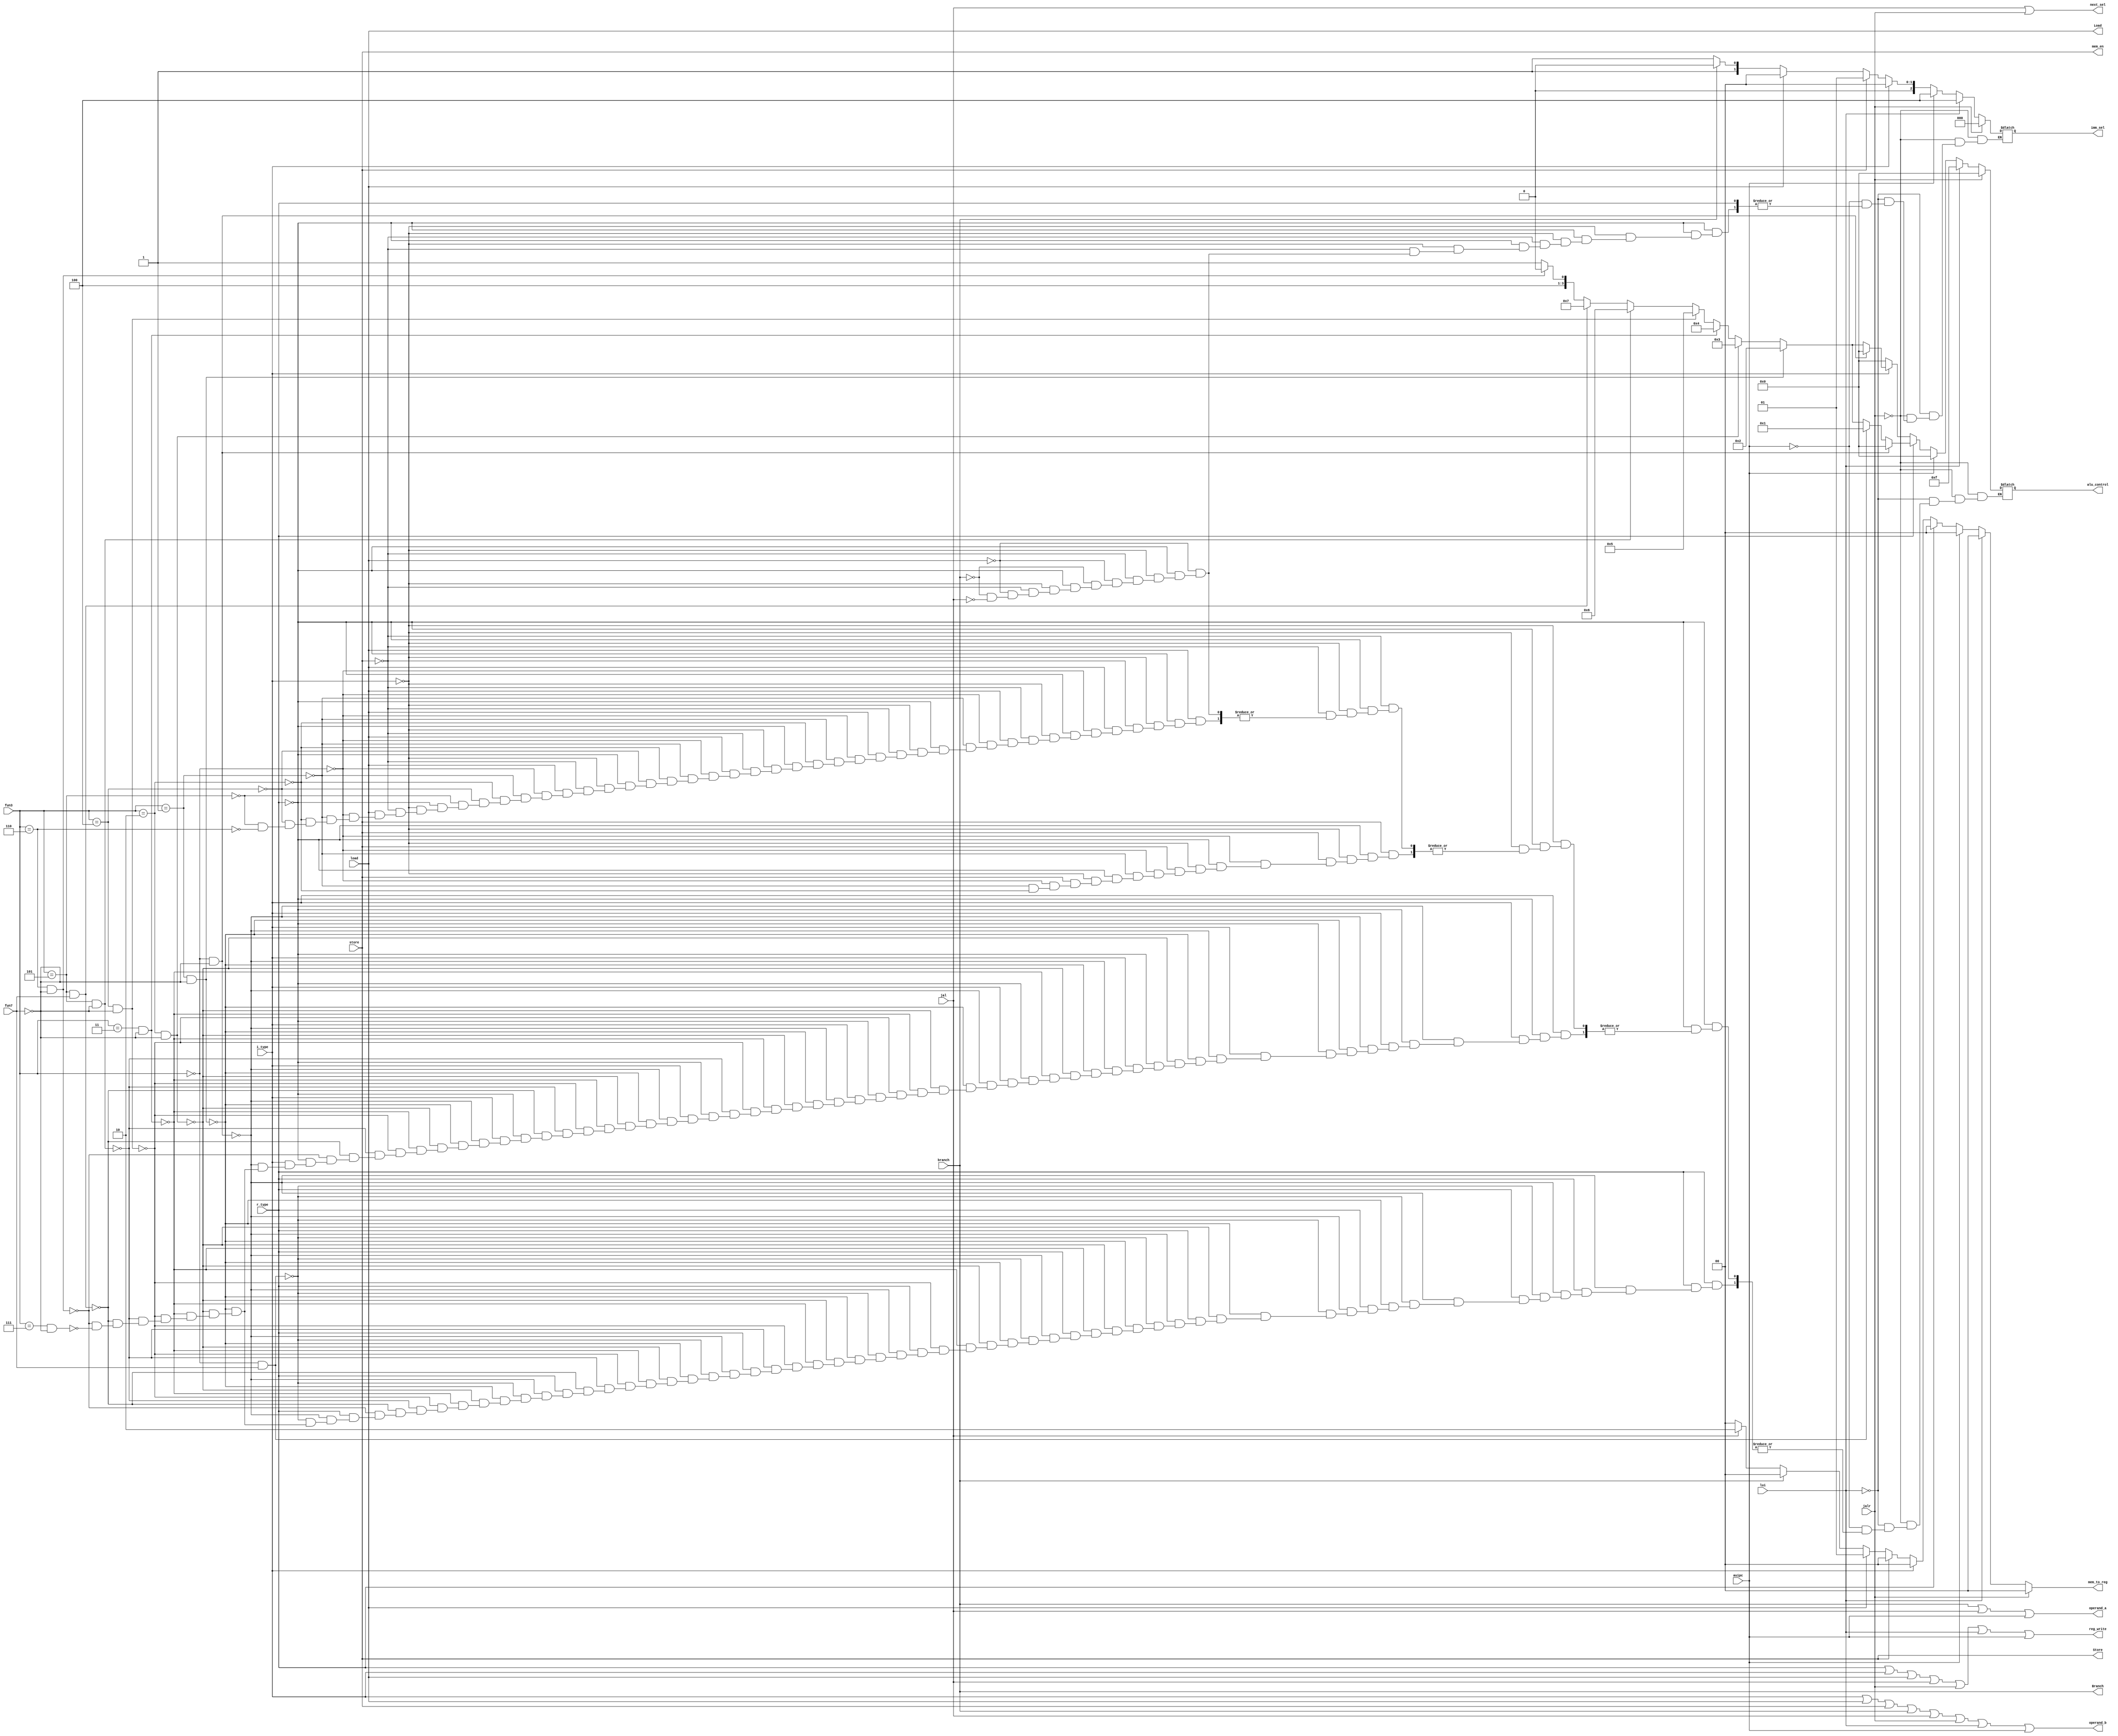
module control_decoder (
    input wire [2:0] fun3,
    input wire fun7,
    input wire i_type,
    input wire r_type,
    input wire load,
    input wire store,
    input wire branch,
    input wire jal,
    input wire jalr,
    input wire lui,
    input wire auipc,

    output reg Load,
    output reg Store,
    output reg [1:0] mem_to_reg,
    output reg reg_write,
    output reg mem_en,
    output reg operand_b,
    output reg operand_a,
    output reg [2:0]imm_sel,
    output reg Branch,
    output reg next_sel,
    output reg [3:0]alu_control
);

always @(*) begin
    //reg write signal for register file
    reg_write = r_type | i_type | load | jal | jalr | lui | auipc;
    //operand a select for first input of alu
    operand_a = branch | jal | auipc;
    //operand b signal for second input of alu
    operand_b = i_type | load | store | branch | jal | jalr | lui | auipc;
    //load
    Load = load;
    //store
    Store = store;
    // signal for write back data in register file either alu and data memory
    mem_to_reg = load;
    //branch
    Branch =  branch;
    //selection for next address if any jump instrucion run
    next_sel = jal | jalr ;
    //mem enable
    mem_en = store;

    if(r_type)begin //rtype
        mem_to_reg = 2'b00;
        if(fun3==3'b000 & fun7==0)begin
            alu_control = 4'b0000;
        end
        else if(fun3==3'b000 & fun7==1)begin
            alu_control = 4'b0001;
        end
        else if (fun3==3'b001 & fun7==0)begin
            alu_control = 4'b0010;
        end
        else if (fun3==3'b010 & fun7==0)begin
            alu_control = 4'b0011;
        end
        else if (fun3==3'b011 & fun7==0)begin
            alu_control = 4'b0100;
        end
        else if (fun3==3'b100 & fun7==0)begin
            alu_control = 4'b0101;
        end
        else if (fun3==3'b101 & fun7==0)begin
            alu_control = 4'b0110;
        end
        else if (fun3==3'b101 & fun7==1)begin
            alu_control = 4'b0111;
        end
        else if (fun3==3'b110 & fun7==0)begin
            alu_control = 4'b1000;
        end
        else if (fun3==3'b111 & fun7==0)begin
            alu_control = 4'b1001;
        end
    end
    else if (i_type)begin //itype
        imm_sel = 3'b000; //i_type selection
        mem_to_reg = 2'b00;
        if(fun3==3'b000 & fun7==0)begin
            alu_control = 4'b0000;
        end
        else if (fun3==3'b001 & fun7==0)begin
            alu_control = 4'b0010;
        end
        else if (fun3==3'b010 & fun7==0)begin
            alu_control = 4'b0011;
        end
        else if (fun3==3'b011 & fun7==0)begin
            alu_control = 4'b0100;
        end
        else if (fun3==3'b100 & fun7==0)begin
            alu_control = 4'b0101;
        end
        else if (fun3==3'b101 & fun7==0)begin
            alu_control = 4'b0110;
        end
        else if (fun3==3'b101 & fun7==1)begin
            alu_control = 4'b0111;
        end
        else if (fun3==3'b110 & fun7==0)begin
            alu_control = 4'b1000;
        end
        else if (fun3==3'b111 & fun7==0)begin
            alu_control = 4'b1001;
        end
    end
    else if (store) begin //store
        imm_sel = 3'b001; //store selection
        mem_to_reg = 2'b00;
        if (fun3==3'b000)begin //sb
            alu_control = 4'b0000;
            //signal = 2'b00;
        end
        else if (fun3==3'b001)begin //sh
            alu_control = 4'b0000;
            //signal = 2'b01;
        end
        else if (fun3==3'b010)begin //sw
            alu_control = 4'b0000;
            //signal = 2'b10;
        end
    end
    else if (load) begin
        imm_sel = 3'b000; //i_type selection
        mem_to_reg = 2'b01;
        if (fun3==3'b000)begin //lb
            alu_control = 4'b0000;
        end
        else if(fun3==3'b001)begin //lh
            alu_control = 4'b0000;
        end
        else if(fun3==3'b010)begin //lw
            alu_control = 4'b0000;
        end
        else if(fun3==3'b100)begin //lbu
            alu_control = 4'b0000;
        end
        else if(fun3==3'b101)begin //lhu
            alu_control = 4'b0000;
        end
        else if(fun3==3'b110)begin //lwu
            alu_control = 4'b0000;
        end
    end
    else if (branch)begin
        alu_control = 4'b0000;
        mem_to_reg = 2'b00;
        imm_sel = 3'b010; //branch selection
    end
    else if (jal)begin
        alu_control = 4'b0000;
        mem_to_reg = 2'b10;
        imm_sel = 3'b011; //jal selection
    end
    if(jalr)begin
        mem_to_reg = 2'b00;
        alu_control = 4'b0000;
        imm_sel = 3'b000;//i_type selection
    end
    else if(lui)begin
        mem_to_reg = 2'b00;
        imm_sel = 3'b100;//u_type selection
        alu_control = 4'b1111;
    end
    else if(auipc)begin
        mem_to_reg = 2'b00;
        alu_control = 4'b0000;
        imm_sel = 3'b100;//u_type selection
    end
end

endmodule